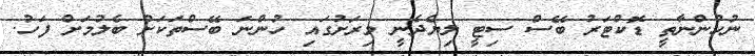
ނުހުންނާތީ ޑޮކްޓަރު ބޭސް ސިޓީ ލިޔެދެނީ މިރަށުގައި ހުންނަ ބޭސްތަކަށް ބެލުމަށް ފަހު.